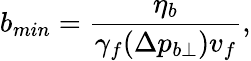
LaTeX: b_{min}=\frac{\eta_{b}}{\gamma_{f}(\Delta p_{b\perp})v_{f}},